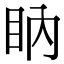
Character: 𥄋